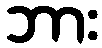
ဘား